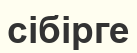
сібірге